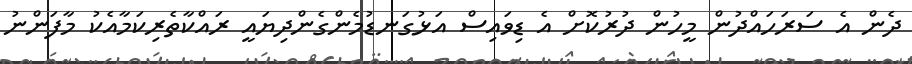
ދެން އެ ސަރަހައްދުން މީހުން ދުރުކޮށް އެ ޑިވައިސް އަޅުގަނޑުމެންގެންދިޔައީ ރައްކާތެރިކަމާއެކު މާފަންނު